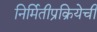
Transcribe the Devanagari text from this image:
निर्मितीप्रक्रियेची